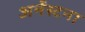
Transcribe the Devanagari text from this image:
अर्नेस्टना